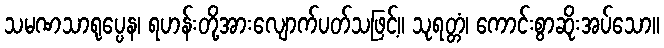
သမဏသာရုပ္ပေန၊ ရဟန်းတို့အားလျောက်ပတ်သဖြင့်။ သုရတ္တံ၊ ကောင်းစွာဆိုးအပ်သော။